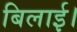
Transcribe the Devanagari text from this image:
बिलाई।